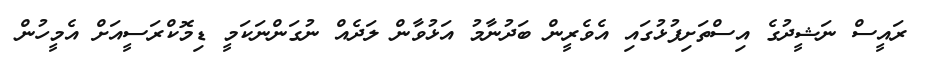
ރައީސް ނަޝީދުގެ އިސްތަށިފުޅުގައި އެވެރީން ބަދުނާމު އަޅުވާން ލަދެއް ނުގަންނަކަމީ ޑިމޮކްރަސީއަށް އެމީހުން